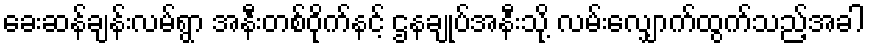
ခေးဆန်ချန်းလမ်ရွာ အနီးတစ်ဝိုက်နင့် ဌနချုပ်အနီးသို့ လမ်းလျှောက်ထွက်သည့်အခါ